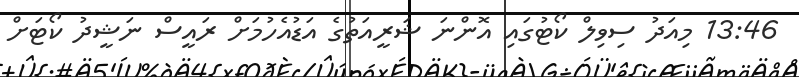
13:46 މިއަދު ސިވިލް ކޯޓުގައި އޮންނަ ޝަރީއަތުގެ އަޑުއެހުމަށް ރައީސް ނަޝީދު ކޯޓަށް